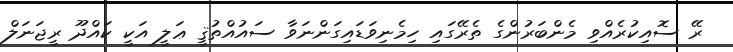
ރޭ ސޮއިކުރެއްވި މެންބަރުންގެ ތެރޭގައި ހިމެނިވަޑައިގަންނަވާ ސައުއްތުޤީ ޢަލީ އަކީ ކައްދޫ ރީޖަނަލް